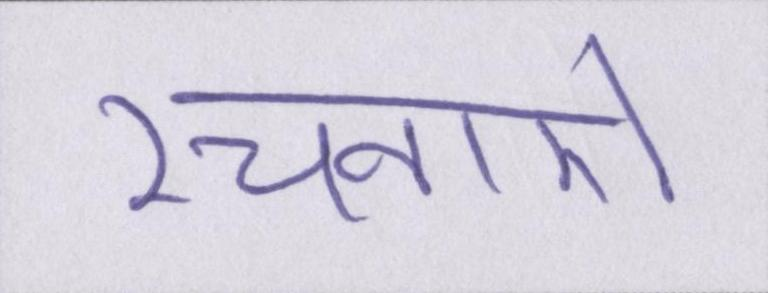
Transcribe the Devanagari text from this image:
रचनाऐं